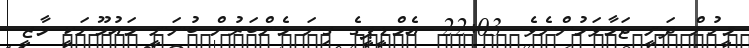
މީހުން ދަނީ ޖަމާވަމުންނެވެ. 22:03- އެމްޑީޕީގެ ގިނަ މެންބަރުން ބުނަނީ މައުމޫނަކީ މާޒީ